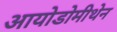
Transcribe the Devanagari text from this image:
आयोडोमीथेन